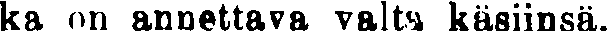
ka on annettava valta käsiinsä.